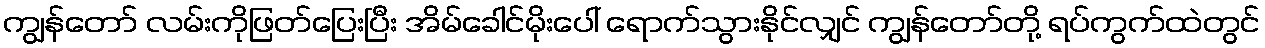
ကျွန်တော် လမ်းကိုဖြတ်ပြေးပြီး အိမ်ခေါင်မိုးပေါ် ရောက်သွားနိုင်လျှင် ကျွန်တော်တို့ ရပ်ကွက်ထဲတွင်